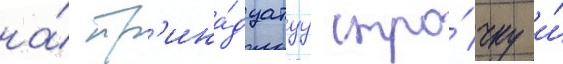
на́ тр'ина́дцатуу стро́чку и́